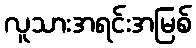
လူသားအရင်းအမြစ်